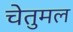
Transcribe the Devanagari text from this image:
चेतुमल